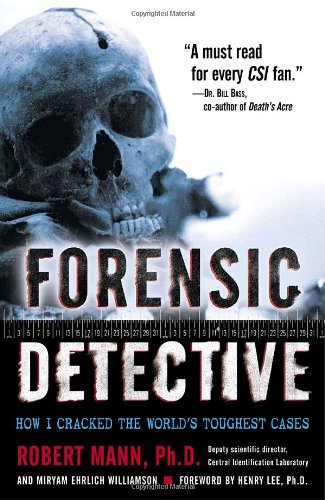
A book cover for Forensic Detective: How I Cracked the World's Toughest Cases; Robert Mann; Medical Books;